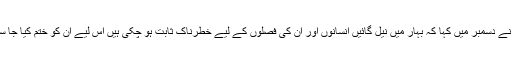
وزارت نے دسمبر میں کہا کہ بہار میں نیل گائیں انسانوں اور ان کی فصلوں کے لیے خطرناک ثابت ہو چکی ہیں اس لیے ان کو ختم کیا جا سکتا ہے۔